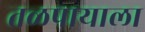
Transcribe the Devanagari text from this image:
तळपायाला